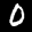
Label: 0